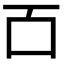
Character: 𫩑